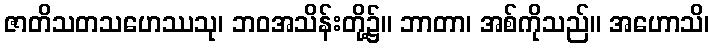
ဇာတိသတသဟေဿသု၊ ဘဝအသိန်းတို့၌။ ဘာတာ၊ အစ်ကိုသည်။ အဟောသိ၊